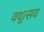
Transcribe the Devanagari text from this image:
वधूत्सव